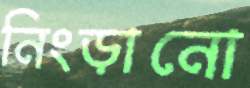
নিংড়ানো